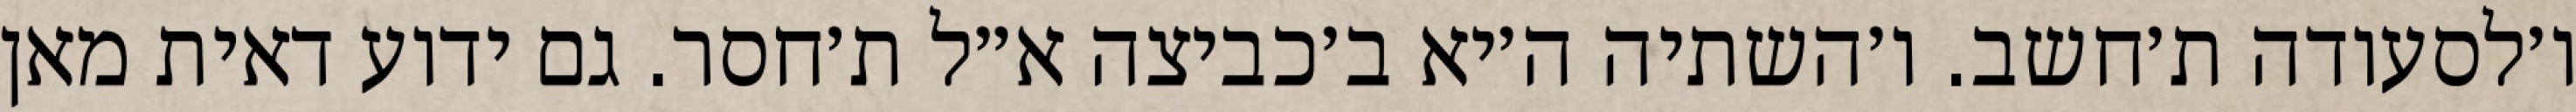
ו׳לסעודה ת׳חשב. ו׳השתיה ה׳יא ב׳כביצה א״ל ת׳חסר. גם ידוע דאית מאן